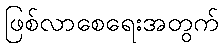
ဖြစ်လာစေရေးအတွက်